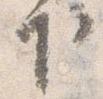
下